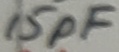
Text: 15pF